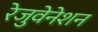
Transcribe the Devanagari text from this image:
रेजुवेनेशन